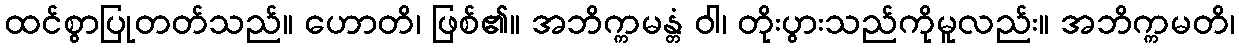
ထင်စွာပြုတတ်သည်။ ဟောတိ၊ ဖြစ်၏။ အဘိက္ကမန္တံ ဝါ၊ တိုးပွားသည်ကိုမူလည်း။ အဘိက္ကမတိ၊